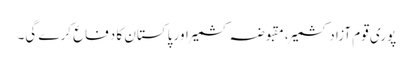
پوری قوم آزاد کشمیر، مقبوضہ کشمیر اور پاکستان کا دفاع کرے گی۔